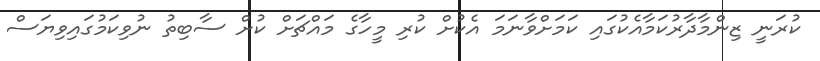
ކުރަނީ ޒިންމާދާރުކަމާއެކުގައި ކަމަށްވާނަމަ އެކުށް ކުރި މީހާގެ މައްޗަށް ކުށް ސާބިތު ނުވިކަމުގައިވިޔަސް